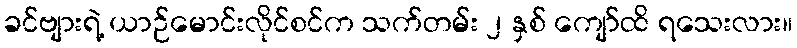
ခင်ဗျားရဲ့ ယာဉ်မောင်းလိုင်စင်က သက်တမ်း ၂ နှစ် ကျော်ထိ ရသေးလား။